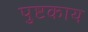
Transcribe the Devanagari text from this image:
पुष्टकाय